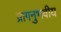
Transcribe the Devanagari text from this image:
प्रागनुभवीय